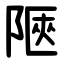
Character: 陿